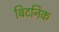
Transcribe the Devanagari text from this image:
बिटनिक